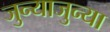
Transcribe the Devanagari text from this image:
जुन्याजुन्या